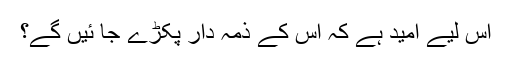
اس لیے امید ہے کہ اس کے ذمہ دار پکڑے جا ئیں گے؟